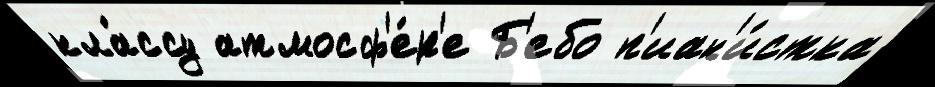
кла́ссу атмосф'е́р'е Б'ебо п'иан'и́стка